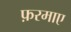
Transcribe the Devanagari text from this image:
फ़रमाए